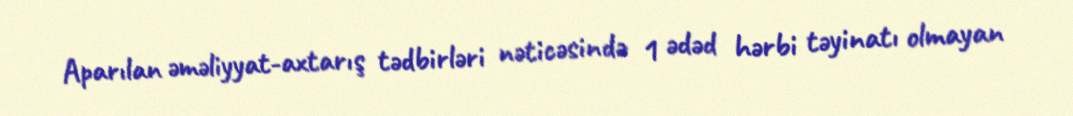
Aparılan əməliyyat-axtarış tədbirləri nəticəsində 1 ədəd hərbi təyinatı olmayan